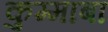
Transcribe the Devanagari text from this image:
कुम्माबा